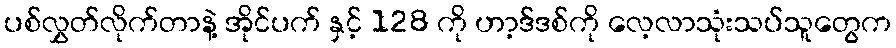
ပစ်လွှတ်လိုက်တာနဲ့ အိုင်ပက် နှင့် 128 ကို ဟာ့ဒ်ဒစ်ကို လေ့လာသုံးသပ်သူတွေက